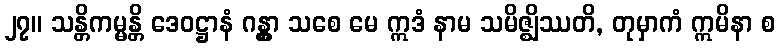
၂၇။ သန္တိကမ္မန္တိ ဒေဝဋ္ဌာနံ ဂန္တွာ သစေ မေ ဣဒံ နာမ သမိဇ္ဈိဿတိ, တုမှာကံ ဣမိနာ စ